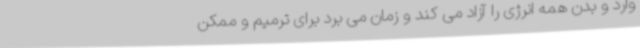
وارد و بدن همه انرژی را آزاد می کند و زمان می برد برای ترمیم و ممکن